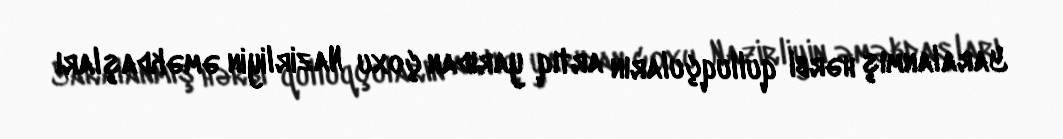
Yaralanmış hərbi qulluqçuların artıq yarıdan çoxu Nazirliyin əməkdaşları